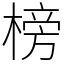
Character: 榜